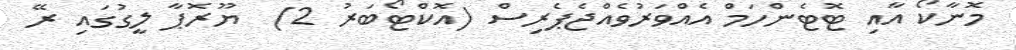
މޮނާކޯ އާއި ޓޮޓެންހަމް އެއްވަރުވެއްޖެޕެރިސް (އޮކްޓޯބަރު 2)  ޔޫރޮޕާ ލީގުގައި ރޭ